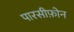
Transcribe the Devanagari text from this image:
पारसीफ़ोन